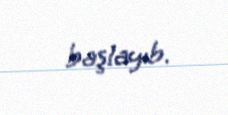
başlayıb.